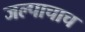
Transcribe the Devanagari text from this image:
जल्पाचाच